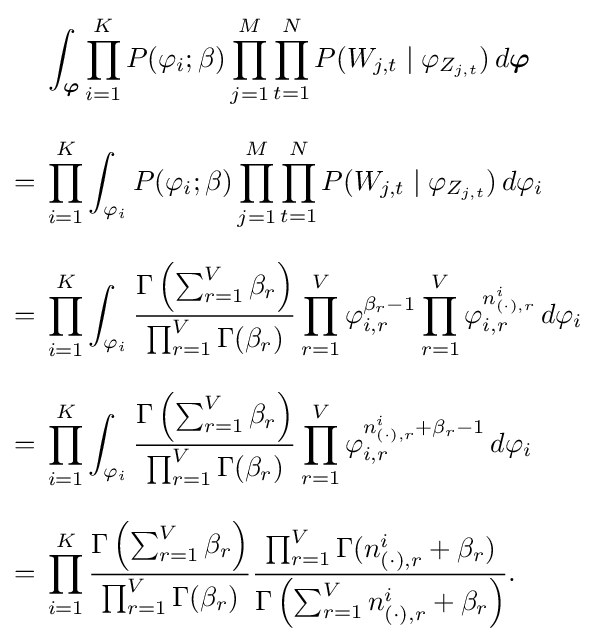
{\begin{aligned}&\int _{\boldsymbol {\varphi }}\prod _{i=1}^{K}P(\varphi _{i};\beta )\prod _{j=1}^{M}\prod _{t=1}^{N}P(W_{j,t}\mid \varphi _{Z_{j,t}})\,d{\boldsymbol {\varphi }}\\[8pt]={}&\prod _{i=1}^{K}\int _{\varphi _{i}}P(\varphi _{i};\beta )\prod _{j=1}^{M}\prod _{t=1}^{N}P(W_{j,t}\mid \varphi _{Z_{j,t}})\,d\varphi _{i}\\[8pt]={}&\prod _{i=1}^{K}\int _{\varphi _{i}}{\frac {\Gamma \left(\sum _{r=1}^{V}\beta _{r}\right)}{\prod _{r=1}^{V}\Gamma (\beta _{r})}}\prod _{r=1}^{V}\varphi _{i,r}^{\beta _{r}-1}\prod _{r=1}^{V}\varphi _{i,r}^{n_{(\cdot ),r}^{i}}\,d\varphi _{i}\\[8pt]={}&\prod _{i=1}^{K}\int _{\varphi _{i}}{\frac {\Gamma \left(\sum _{r=1}^{V}\beta _{r}\right)}{\prod _{r=1}^{V}\Gamma (\beta _{r})}}\prod _{r=1}^{V}\varphi _{i,r}^{n_{(\cdot ),r}^{i}+\beta _{r}-1}\,d\varphi _{i}\\[8pt]={}&\prod _{i=1}^{K}{\frac {\Gamma \left(\sum _{r=1}^{V}\beta _{r}\right)}{\prod _{r=1}^{V}\Gamma (\beta _{r})}}{\frac {\prod _{r=1}^{V}\Gamma (n_{(\cdot ),r}^{i}+\beta _{r})}{\Gamma \left(\sum _{r=1}^{V}n_{(\cdot ),r}^{i}+\beta _{r}\right)}}.\end{aligned}}